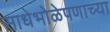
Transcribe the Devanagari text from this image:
साधेभोळेपणाच्या